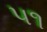
૫૧